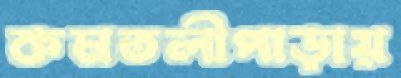
কমতলীপাড়ায়